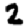
Digit: 2